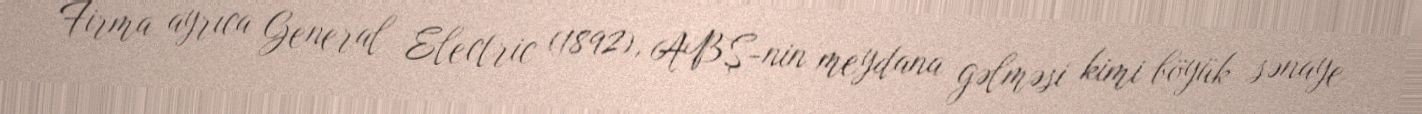
Firma ayrıca General Electric (1892), ABŞ-nin meydana gəlməsi kimi böyük sənaye